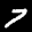
Label: 7